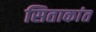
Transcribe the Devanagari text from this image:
सिताकांत